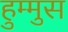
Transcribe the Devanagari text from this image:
हुम्मुस